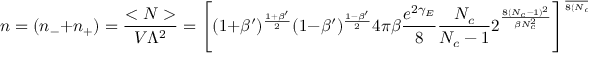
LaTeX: n = ( n _ { - } + n _ { + } ) = \frac { < N > } { V \Lambda ^ { 2 } } = \Bigg [ ( 1 + \beta ^ { \prime } ) ^ { \frac { 1 + \beta ^ { \prime } } { 2 } } ( 1 - \beta ^ { \prime } ) ^ { \frac { 1 - \beta ^ { \prime } } { 2 } } 4 \pi \beta \frac { e ^ { 2 \gamma _ { E } } } { 8 } \frac { N _ { c } } { N _ { c } - 1 } 2 ^ { \frac { 8 ( N _ { c } - 1 ) ^ { 2 } } { \beta N _ { c } ^ { 2 } } } \Bigg ] ^ { \frac { \beta N _ { c } ^ { 2 } } { 8 ( N _ { c } - 1 ) ^ { 2 } - \beta N _ { c } ^ { 2 } } } \; .